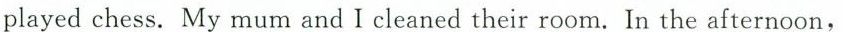
played chess. My mum and I cleaned their room. In the afternoon,